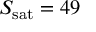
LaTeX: S _ { \mathrm { s a t } } = 4 9